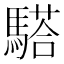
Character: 𩥠